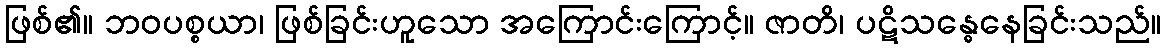
ဖြစ်၏။ ဘဝပစ္စယာ၊ ဖြစ်ခြင်းဟူသော အကြောင်းကြောင့်။ ဇာတိ၊ ပဋိသန္ဓေနေခြင်းသည်။